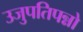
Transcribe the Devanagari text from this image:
उजुपतिपन्नो